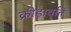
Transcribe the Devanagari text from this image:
क्रीड़ावृत्ति